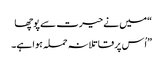
“میں نے حیرت سے پوچھا
”اُس پر قاتلانہ حملہ ہوا ہے۔